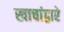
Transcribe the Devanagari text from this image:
खाचांद्वारे